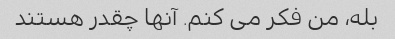
بله، من فکر می کنم. آنها چقدر هستند